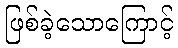
ဖြစ်ခဲ့သောကြောင့်